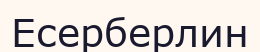
Есерберлин